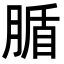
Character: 腯